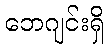
ဘေဂျင်းရှိ